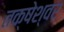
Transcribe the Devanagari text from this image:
तक्षेश्वर